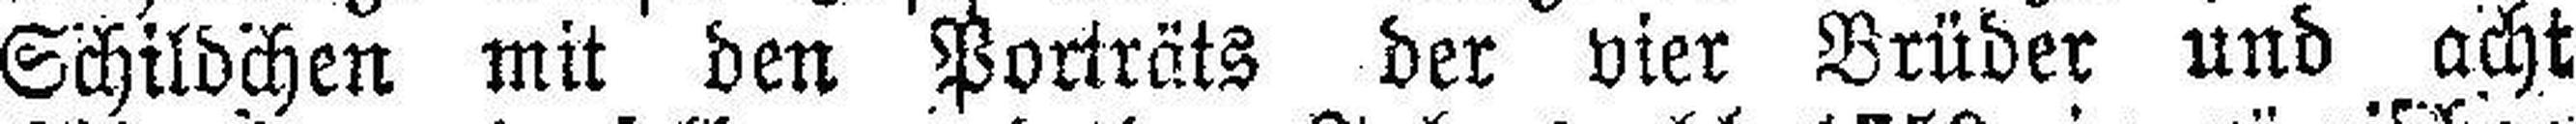
Schildchen mit den Porträts der vier Brüder und acht